Rangoon Lunatic Asylum 1878-1892 - 1878-1892
Year: 1878
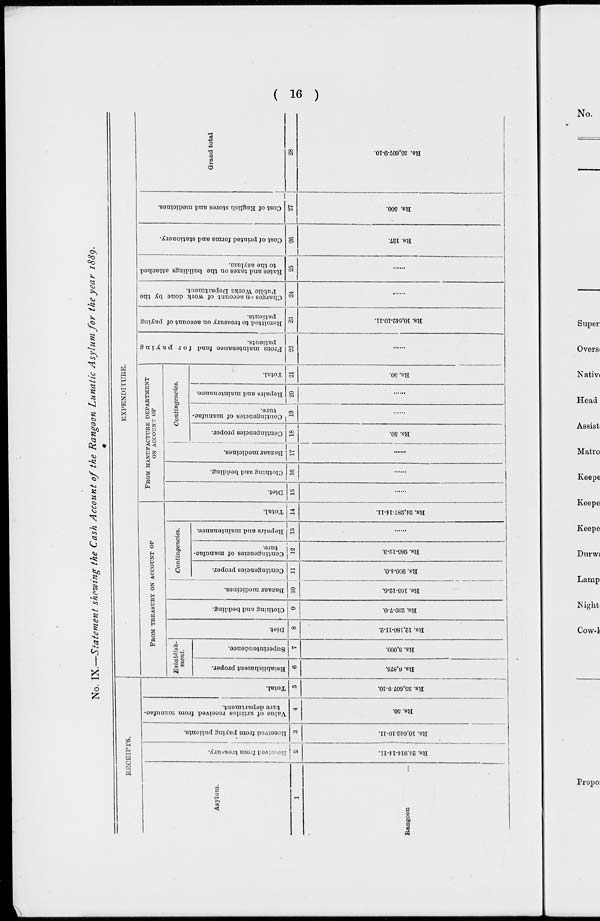
( 16 )
No. IX.—Statement showing the Cash Account of the Rangoon Lunatic Asylum for the year 1889.
RECEIPTS.
Asylum.
1
Rangoon
...
Received
from treasury.
2
Rs. 24,914-14-11.
Received
from paying patients.
3
Rs. 10,642-10-11.
Value of articles received from manufac-
ture department.
4
Rs. 50.
Total.
5
Rs. 35,607-9-10.
EXPENDITURE.
FROM TREASURY ON ACCOUNT OF
Establisli-
ment.
Establishment proper.
6
Rs. 6,876.
Superintendence.
7
Rs. 3,000.
Diet.
8
Rs. 12,180-11-2.
Clothing and bedding.
9
Rs. 239-7-0.
Bazaar medicines.
10
Rs. 105-12-6.
Contingencies.
Contingencies proper.
11
Rs. 900-4-0.
Contingencies of manufac-
ture.
12
Rs. 985-12-3.
Repairs and maintenance.
13
......
Total.
14
Rs. 24,287-14-11.
FROM MANUFACTURE DEPARTMENT
ON ACCOUNT OF
Diet.
15
......
Clothing and bedding.
16
......
Contingencies.
Bazaar medicines.
17
......
Contingencies proper.
18
Rs. 50.
Contingencies of manufac-
ture.
19
......
RepairR and maintenance.
20
......
Total.
21
Rs. 50.
From
maintenance fund for paying
patients.
22
......
Remitted to treasury on account of paying
patients.
23
Rs. 10,642-10-11.
Charges on account of work done by the
Public Works Department.
24
......
Rates and taxes on the buildings attached
to the asylum.
25
......
Cost of printed forms and stationery.
26
Rs. 127.
Cost of English stores and medicines.
27
Rs. 500.
Grand total
28
Rs. 35,607-9-10.